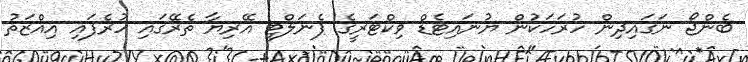
ބެންޖޯ ނަގައިދިން ހުރަހަކުން ޔުނައިޓެޑް ވިކްޓަރީގެ ޕެނަލްޓީ އޭރިޔާ ތެރޭގައި ހުރެފައި އިއްޒަތު